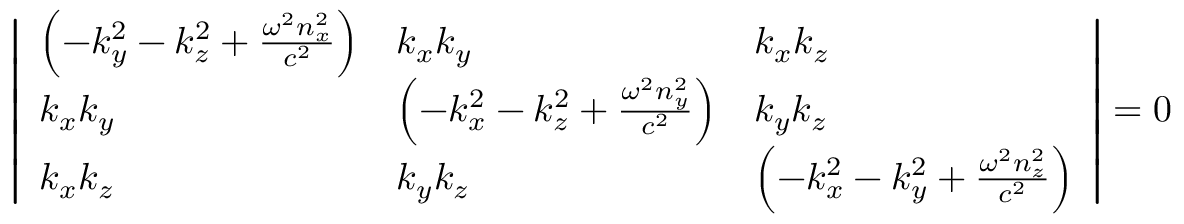
{ \left| \begin{array} { l l l } { \left( - k _ { y } ^ { 2 } - k _ { z } ^ { 2 } + { \frac { \omega ^ { 2 } n _ { x } ^ { 2 } } { c ^ { 2 } } } \right) } & { k _ { x } k _ { y } } & { k _ { x } k _ { z } } \\ { k _ { x } k _ { y } } & { \left( - k _ { x } ^ { 2 } - k _ { z } ^ { 2 } + { \frac { \omega ^ { 2 } n _ { y } ^ { 2 } } { c ^ { 2 } } } \right) } & { k _ { y } k _ { z } } \\ { k _ { x } k _ { z } } & { k _ { y } k _ { z } } & { \left( - k _ { x } ^ { 2 } - k _ { y } ^ { 2 } + { \frac { \omega ^ { 2 } n _ { z } ^ { 2 } } { c ^ { 2 } } } \right) } \end{array} \right| } = 0